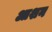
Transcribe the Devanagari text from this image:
आशन